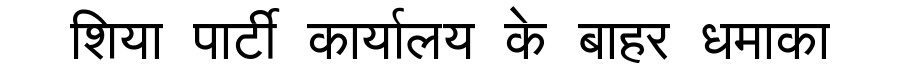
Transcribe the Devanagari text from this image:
शिया पार्टी कार्यालय के बाहर धमाका